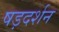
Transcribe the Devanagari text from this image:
षड़दर्शन